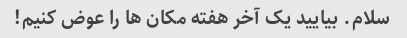
سلام. بیایید یک آخر هفته مکان ها را عوض کنیم!